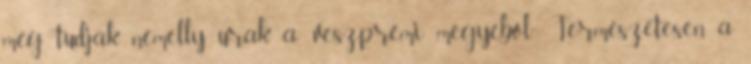
még tudják némelly urak a’ veszprémi megyéből.” Természetesen a